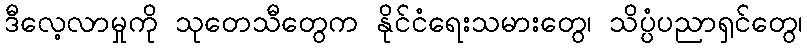
ဒီလေ့လာမှုကို သုတေသီတွေက နိုင်ငံရေးသမားတွေ၊ သိပ္ပံပညာရှင်တွေ၊